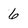
Character: 6